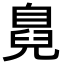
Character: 𮍜